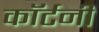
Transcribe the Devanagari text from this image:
काॅर्टनी